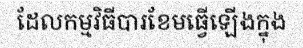
ដែលកម្មវិធីបារខែមធ្វើឡើងក្នុង